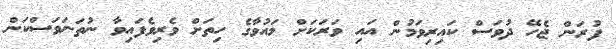
ފުރަން ޖެހޭ ދުވަސް ކައިރިވަމުން އައި ވަރަކަށް މައުވާގެ ހިތަށް ވެރިވެފައިވާ ނުތަނަވަސްކަން